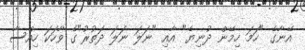
އޭނާގެ "ހަމަ ހިމޭން ދުނިޔެ" އާއި "ނަލަ ނަލަ ދަތުރު"ގެ ވާހަކަ ހިއްސާ